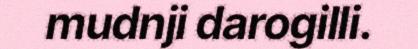
mudnji darogilli.